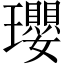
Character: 瓔